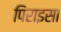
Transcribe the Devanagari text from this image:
पिराइसा